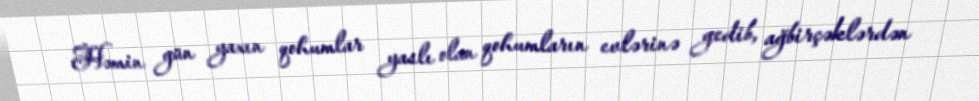
Həmin gün yaxın qohumlar yaslı olan qohumların evlərinə gedib, ağbirçəklərdən